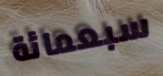
سبعمائة